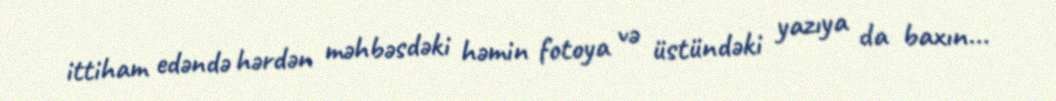
ittiham edəndə hərdən məhbəsdəki həmin fotoya və üstündəki yazıya da baxın...